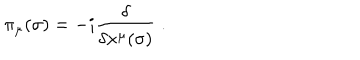
\pi _ { \mu } ( \sigma ) = - i \frac { \delta } { \delta x ^ { \mu } ( \sigma ) } \; .